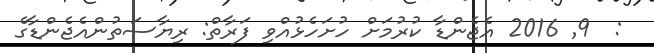
:  9